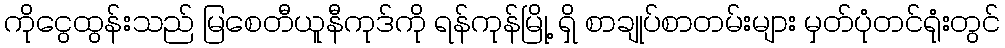
ကိုငွေထွန်းသည် မြစေတီယူနီကုဒ်ကို ရန်ကုန်မြို့ ရှိ စာချုပ်စာတမ်းများ မှတ်ပုံတင်ရုံးတွင်